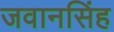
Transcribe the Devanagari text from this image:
जवानसिंह